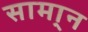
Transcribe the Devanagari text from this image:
सामा्न